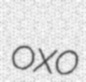
oxo